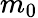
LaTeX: m_{0}